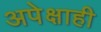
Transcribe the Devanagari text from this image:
अपेक्षाही